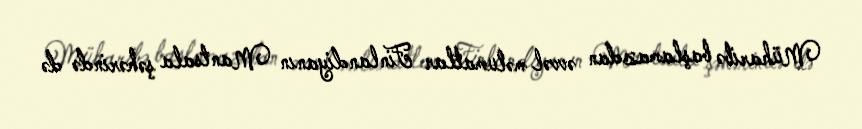
Müharibə başlamazdan əvvəl məlumatlar Finlandiyanın Mantsala şəhərində də